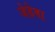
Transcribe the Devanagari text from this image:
जेहेवा